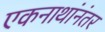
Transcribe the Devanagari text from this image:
एकनाथांनंतर